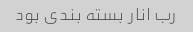
رب انار بسته بندی بود